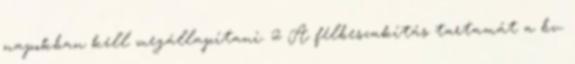
napokban kell megállapítani. 2 A félbeszakítás tartamát a bv.